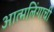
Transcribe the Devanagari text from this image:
आत्मलिंगाची